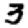
Digit: 3